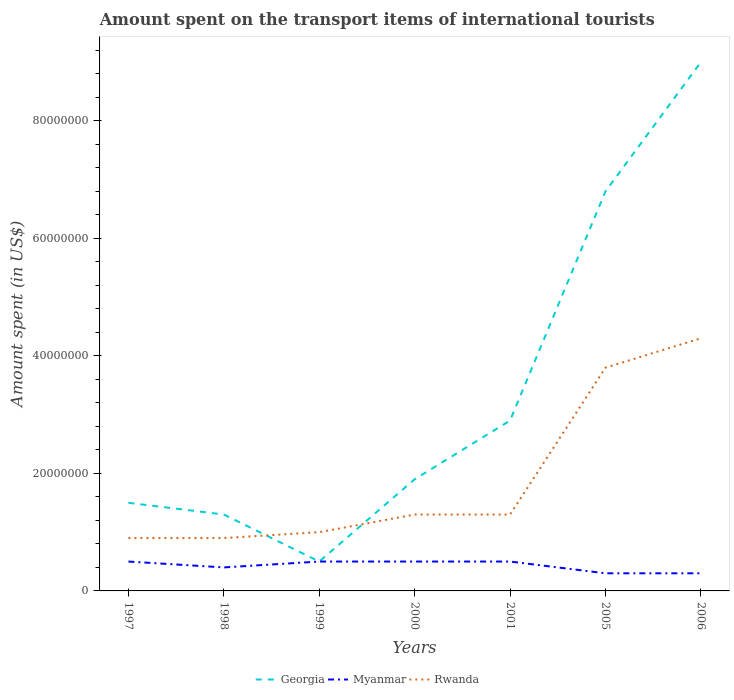
| Years | Georgia | Myanmar | Rwanda |
 | --- | --- | --- | --- |
 | 1997 | 1.5e+07 | 5e+06 | 9e+06 |
 | 1998 | 1.3e+07 | 4e+06 | 9e+06 |
 | 1999 | 5e+06 | 5e+06 | 1e+07 |
 | 2000 | 1.9e+07 | 5e+06 | 1.3e+07 |
 | 2001 | 2.9e+07 | 5e+06 | 1.3e+07 |
 | 2005 | 6.8e+07 | 3e+06 | 3.8e+07 |
 | 2006 | 9e+07 | 3e+06 | 4.3e+07 |